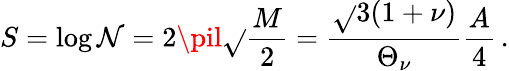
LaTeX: S=\log{\cal\mathcal{N}}=2\pil\sqrt{}{{\frac{{M}}{{2}}}}=\frac{{\sqrt{}{{3(1+\nu)}}}}{{\Theta_{\nu}}}\frac{{A}}{{4}}\, .